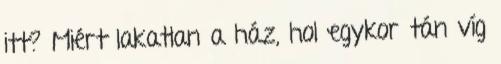
itt? Miért lakatlan a ház, hol egykor tán víg